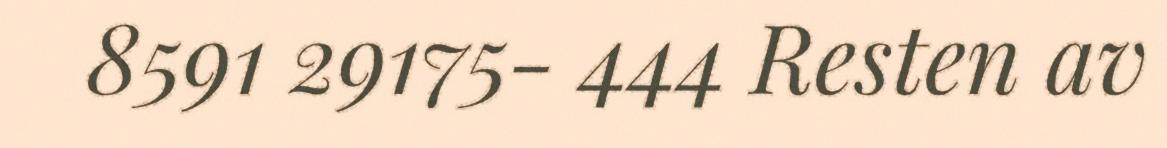
8591 29175- 444 Resten av